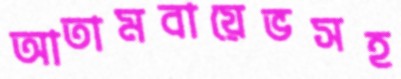
আতামবায়েভসহ